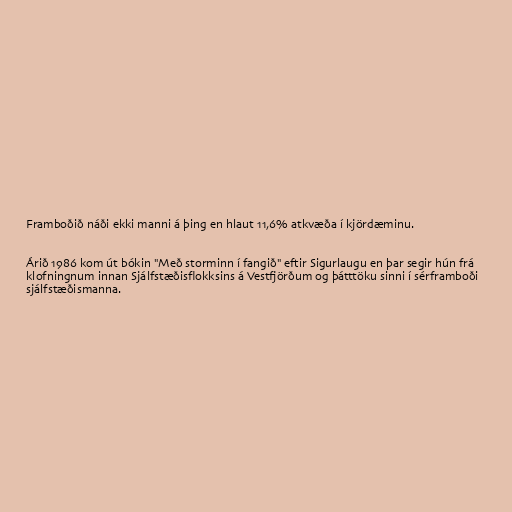
Framboðið náði ekki manni á þing en hlaut 11,6% atkvæða í kjördæminu.

Árið 1986 kom út bókin "Með storminn í fangið" eftir Sigurlaugu en þar segir hún frá
klofningnum innan Sjálfstæðisflokksins á Vestfjörðum og þátttöku sinni í sérframboði
sjálfstæðismanna.